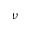
\nu